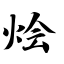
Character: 烩